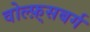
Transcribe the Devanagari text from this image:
वोल्फ़्सबर्ग